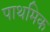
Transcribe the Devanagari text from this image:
पाथमिक